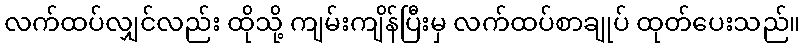
လက်ထပ်လျှင်လည်း ထိုသို့ ကျမ်းကျိန်ပြီးမှ လက်ထပ်စာချုပ် ထုတ်ပေးသည်။